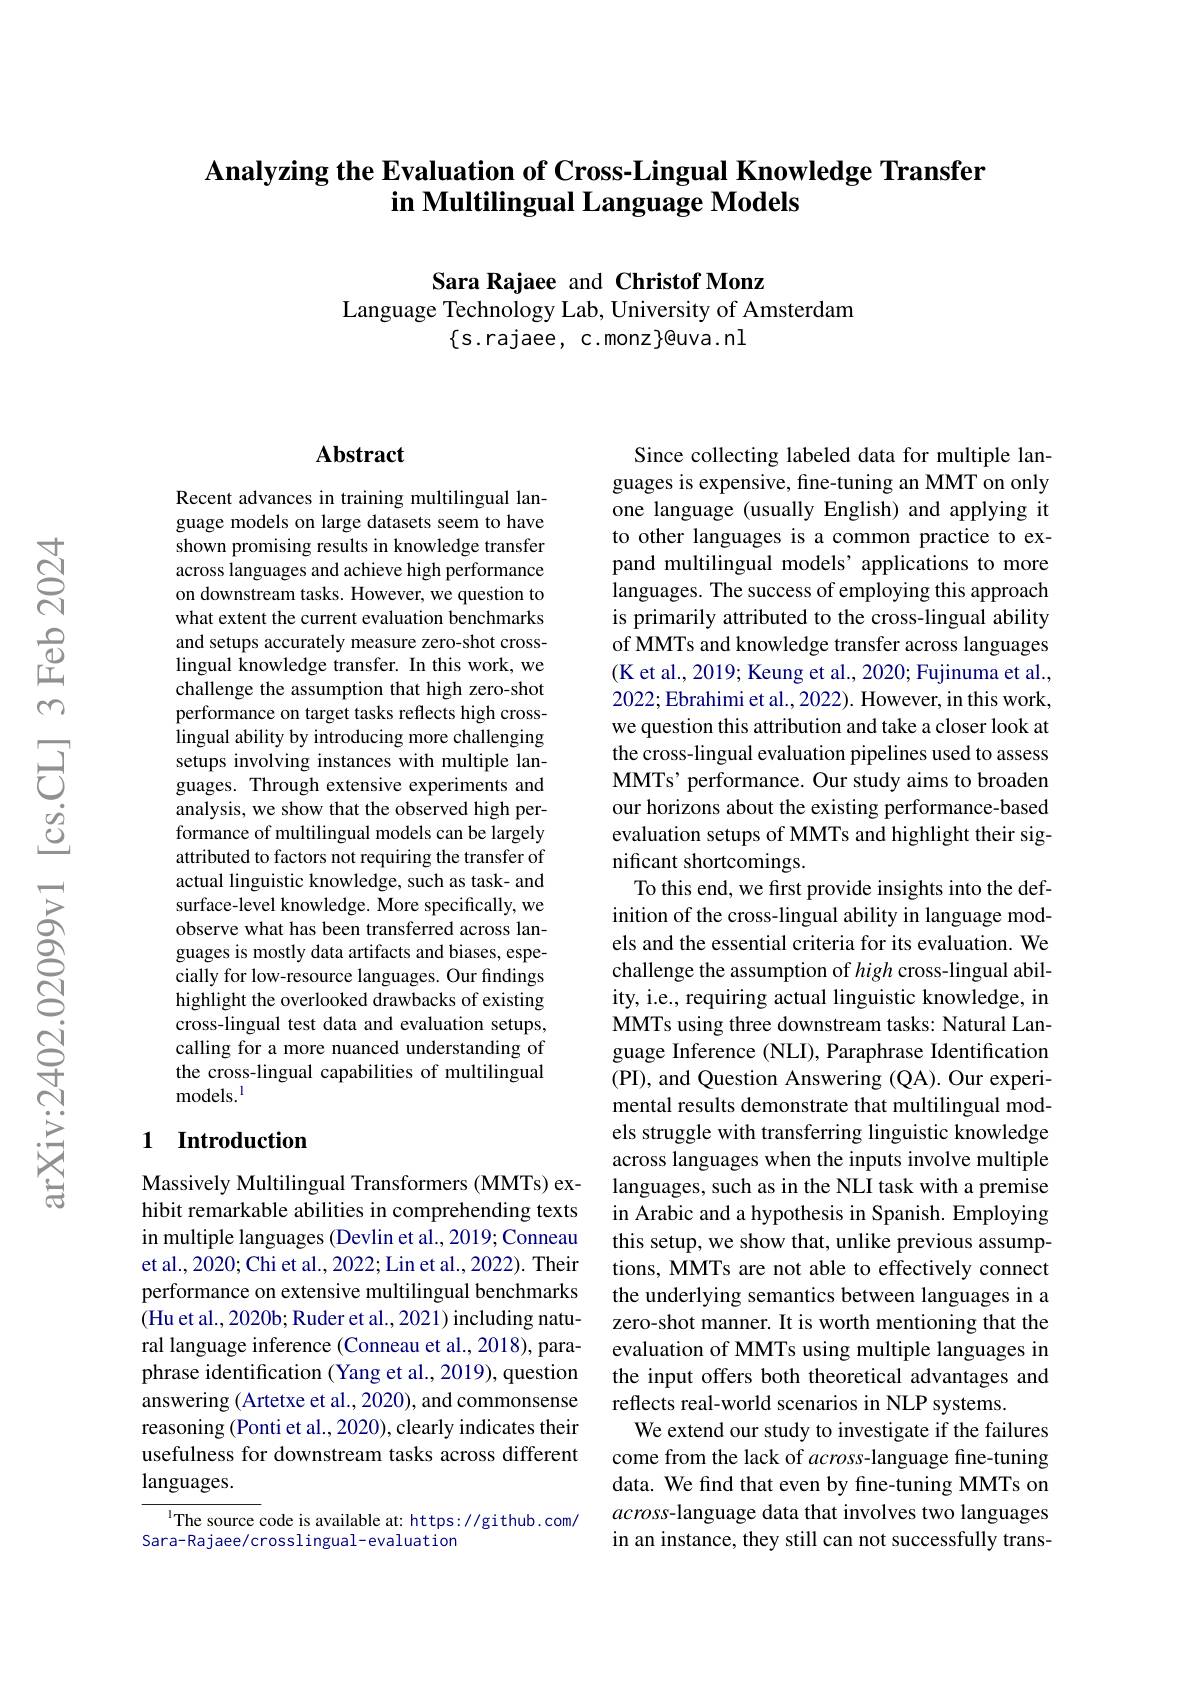
# Analyzing the Evaluation of Cross-Lingual Knowledge Transfer in Multilingual Language Models

Sara Rajaee and Christof Monz
Language Technology Lab, University of Amsterdam
$\{$s.rajaee, c.monz$\}$@uva.nl

## Abstract

Recent advances in training multilingual language models on large datasets seem to have shown promising results in knowledge transfer across languages and achieve high performance on downstream tasks. However, we question to what extent the current evaluation benchmarks and setups accurately measure zero-shot crosslingual knowledge transfer. In this work, we challenge the assumption that high zero-shot performance on target tasks reflects high crosslingual ability by introducing more challenging setups involving instances with multiple languages. Through extensive experiments and analysis, we show that the observed high performance of multilingual models can be largely attributed to factors not requiring the transfer of actual linguistic knowledge, such as task- and surface-level knowledge. More specifically, we observe what has been transferred across languages is mostly data artifacts and biases, especially for low-resource languages. Our findings highlight the overlooked drawbacks of existing cross-lingual test data and evaluation setups, calling for a more nuanced understanding of the cross-lingual capabilities of multilingual models.$^{\mathrm{l}}$

### 1 $\textbf{Introduction}$

Massively Multilingual Transformers (MMTs) exhibit remarkable abilities in comprehending texts in multiple languages (Devlin et al., 2019; Conneau et al., 2020; Chi et al., 2022; Lin et al., 2022). Their performance on extensive multilingual benchmarks (Hu et al., 2020b; Ruder et al., 2021) including natural language inference (Conneau et al., 2018), paraphrase identification (Yang et al., 2019), question answering (Artetxe et al., 2020), and commonsense reasoning (Ponti et al., 2020), clearly indicates their usefulness for downstream tasks across different languages.

$^{1}$The source code is available at: https://github.com/
Sara-Rajaee/crosslingual-evaluation

Since collecting labeled data for multiple languages is expensive, fine-tuning an MMT on only one language (usually English) and applying it to other languages is a common practice to expand multilingual models’ applications to more languages. The success of employing this approach is primarily attributed to the cross-lingual ability of MMTs and knowledge transfer across languages (K et al., 2019; Keung et al., 2020; Fujinuma et al., 2022;Ebrahimi et al., 2022). However, in this work, we question this attribution and take a closer look at the cross-lingual evaluation pipelines used to assess MMTs' performance. Our study aims to broaden our horizons about the existing performance-based evaluation setups of MMTs and highlight their significant shortcomings.
To this end, we first provide insights into the definition of the cross-lingual ability in language models and the essential criteria for its evaluation. We challenge the assumption of high cross-lingual ability, i.e., requiring actual linguistic knowledge, in MMTs using three downstream tasks: Natural Language Inference (NLI), Paraphrase Identification (PI), and Question Answering (QA). Our experimental results demonstrate that multilingual models struggle with transferring linguistic knowledge across languages when the inputs involve multiple languages, such as in the NLI task with a premise in Arabic and a hypothesis in Spanish. Employing this setup, we show that, unlike previous assumptions, MMTs are not able to effectively connect the underlying semantics between languages in a zero-shot manner. It is worth mentioning that the evaluation of MMTs using multiple languages in the input offers both theoretical advantages and reflects real-world scenarios in NLP systems.
We extend our study to investigate if the failures come from the lack of across-language fine-tuning data. We find that even by fine-tuning MMTs on across-language data that involves two languages in an instance, they still can not successfully trans-